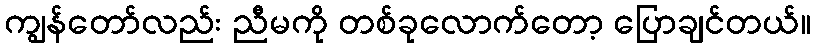
ကျွန်တော်လည်း ညီမကို တစ်ခုလောက်တော့ ပြောချင်တယ်။